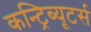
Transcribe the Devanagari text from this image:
कन्ट्रिब्यूटर्स